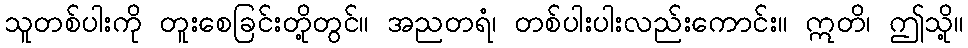
သူတစ်ပါးကို တူးစေခြင်းတို့တွင်။ အညတရံ၊ တစ်ပါးပါးလည်းကောင်း။ ဣတိ၊ ဤသို့။